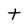
Character: t